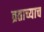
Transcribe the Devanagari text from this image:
व्रताच्याच